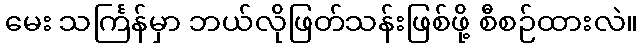
မေး သင်္ကြန်မှာ ဘယ်လိုဖြတ်သန်းဖြစ်ဖို့ စီစဉ်ထားလဲ။